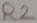
Text: R2